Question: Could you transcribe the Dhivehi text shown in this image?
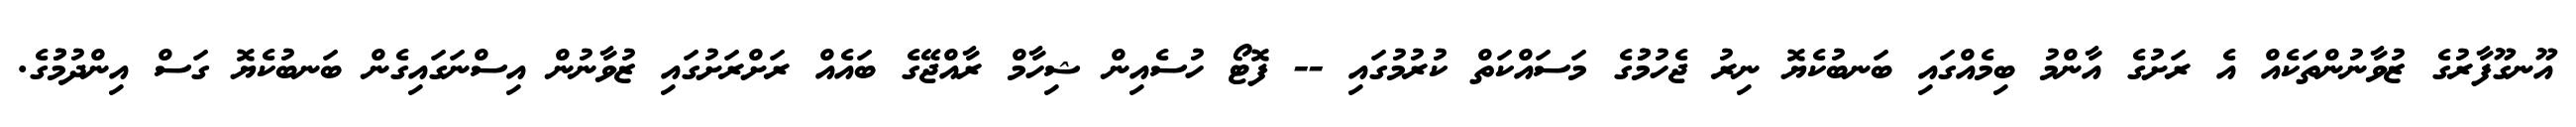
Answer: އޫނގޫފާރުގެ ޒުވާނުންތަކެއް އެ ރަށުގެ އާންމު ބިމެއްގައި ބަނބުކެޔޮ ނިރު ޖެހުމުުގެ މަސައްކަތް ކުރުމުގައި -- ފޮޓޯ ހުސެއިން ޝިހާމް ރާއްޖޭގެ ބައެއް ރަށްރަށުގައި ޒުވާނުން އިސްނަގައިގެން ބަނބުކެޔޮ ގަސް އިންދުމުުގެ.